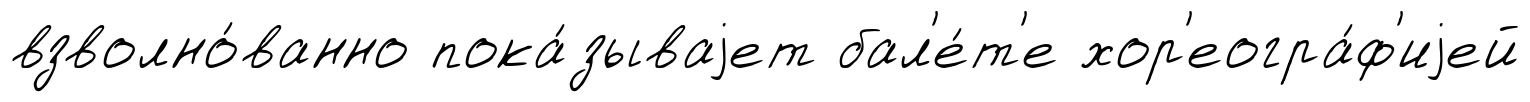
взволно́ванно пока́зываjет бал'е́т'е хор'еогра́ф'иjей